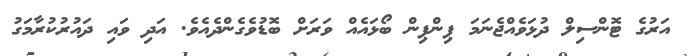
އަރުގެ ޓޮންސިލް ދުޅަވެއްޖެނަމަ ޕިންޕިން ބޯޅައެއް ވަރަށް ބޮޑުވެގެންދެއެވެ. އަދި ވައި ދައުރުކުރާމަގު